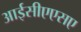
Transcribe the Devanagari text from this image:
आईसीएएसए